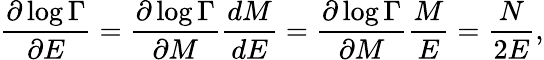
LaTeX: \frac{\partial\log{\Gamma}}{\partial E}=\frac{\partial\log{\Gamma}}{\partial M}\frac{dM}{dE}=\frac{\partial\log{\Gamma}}{\partial M}\frac{M}{E}=\frac{N}{2E},